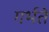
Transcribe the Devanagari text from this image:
गर्भते